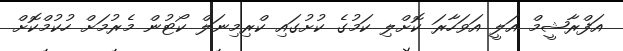
އަފްރާޝީމް އަލީ އަވަހާރަ ކޮށްލި ކަމުގެ ކުށުގައި ކްރިމިނަލް ކޯޓުން މެރުމަށް ހުކުމްކޮށް